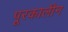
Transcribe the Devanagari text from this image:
पूरकालीन